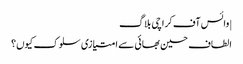
|وائس آف کراچی بلاگ
الطاف حسین بھائی سے امتیازی سلوک کیوں؟